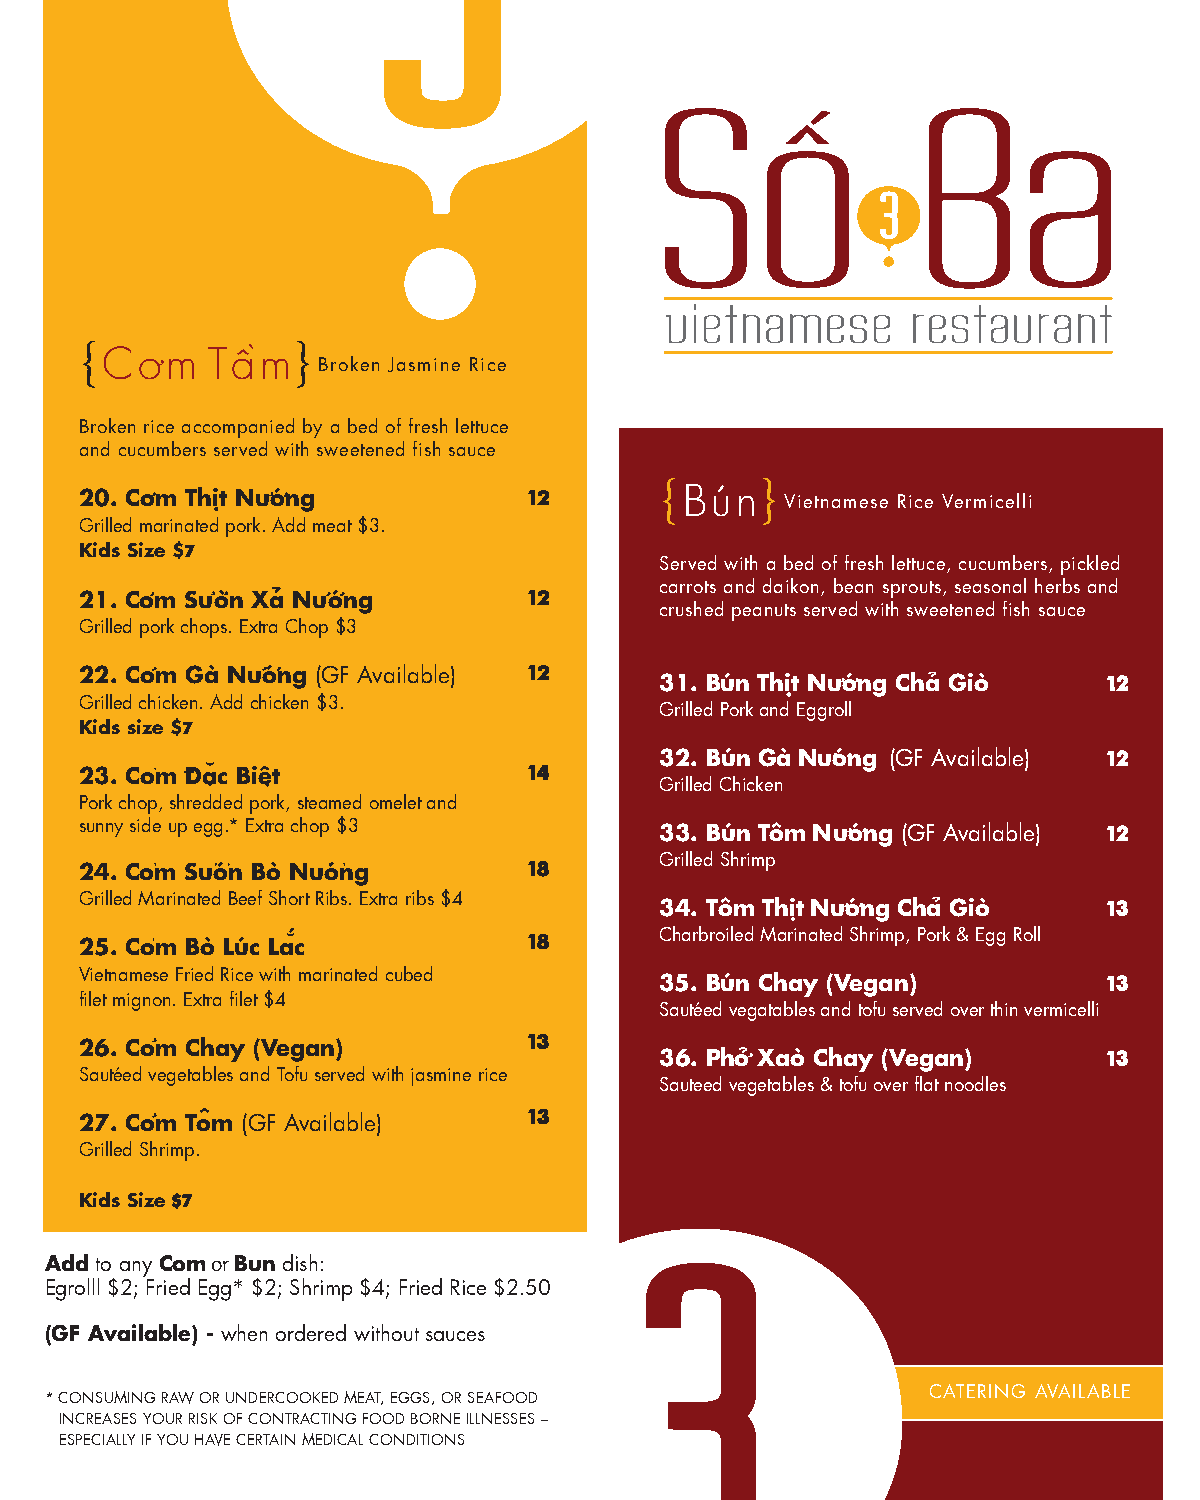
{Com     Tâm}
 Broken Jasmine Rice
 Broken rice accompanied by a bed of fresh lettuce
 and cucumbers served with sweetened fish sauce
 20. Com Thit Nuóng            12
 {Bún}
 Vietnamese Rice Vermicelli
 Grilled marinated pork. Add meat $3.
 Kids Size $7
 Served with a bed of fresh lettuce, cucumbers, pickled
 carrots and daikon, bean sprouts, seasonal herbs and
 21. Com Suòn Xa Nuóng         12
 crushed peanuts served with sweetened fish sauce
 Grilled pork chops. Extra Chop $3
 22. Com Gà Nuóng (GF Available) 12     31. Bún Thit Nuóng Cha Giò   12
 Grilled chicken. Add chicken $3.
 Grilled Pork and Eggroll
 Kids size $7
 32. Bún Gà Nuóng (GF Available) 12
 23. Com Dac Biêt              14
 Grilled Chicken
 Pork chop, shredded pork, steamed omelet and
 sunny side up egg.* Extra chop $3      33. Bún Tôm Nuóng (GF Available) 12
 24. Com Suón Bò Nuóng         18       Grilled Shrimp
 Grilled Marinated Beef Short Ribs. Extra ribs $4 34. Tôm Thit Nuóng Cha Giò 13
 18       Charbroiled Marinated Shrimp, Pork & Egg Roll
 25. Com Bò Lúc Lac
 Vietnamese Fried Rice with marinated cubed 35. Bún Chay (Vegan)     13
 filet mignon. Extra filet $4
 Sautéed vegatables and tofu served over thin vermicelli
 13
 26. Com Chay (Vegan)
 36. Pho Xaò Chay (Vegan)     13
 Sautéed vegetables and Tofu served with jasmine rice
 Sauteed vegetables & tofu over flat noodles
 13
 27. Com Tom (GF Available)
 Grilled Shrimp.
 Kids Size $7
 Add to any Com or Bun dish:
 Egrolll $2; Fried Egg* $2; Shrimp $4; Fried Rice $2.50
 (GF Available) - when ordered without sauces
 CATERING AVAILABLE
 *CONSUMING RAW OR UNDERCOOKED MEAT, EGGS, OR SEAFOOD
 INCREASES YOUR RISK OF CONTRACTING FOOD BORNE ILLNESSES –
 ESPECIALLY IF YOU HAVE CERTAIN MEDICAL CONDITIONS